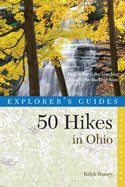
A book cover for Fifty Hikes in Ohio: Walks, Hikes and Backpacking Trips Throughout the Buckeye State; Ralph Ramey; Travel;